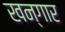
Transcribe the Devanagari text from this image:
खन्गार